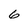
Character: 6